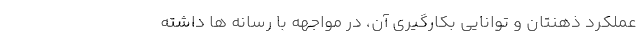
عملکرد ذهنتان و توانایی بکارگیری آن، در مواجهه با رسانه ها داشته